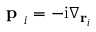
\textbf { p } _ { i } = - \mathrm { i } \nabla _ { \mathbf { r } _ { i } }